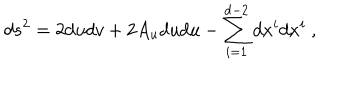
d s ^ { 2 } = 2 d u d v + 2 A _ { u } d u d u - \sum _ { i = 1 } ^ { d - 2 } d x ^ { i } d x ^ { i } \ ,